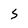
Character: 5